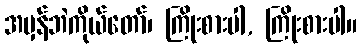
အမှန်ဘဲကိုယ်တော်၊ ကြိုးစားပါ, ကြိုးစားပါ။